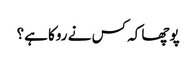
پوچھا کہ کس نے روکا ہے؟